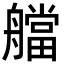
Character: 艡